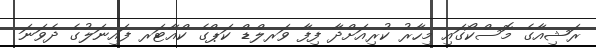
ރަޝިއާގެ މޮސްކޯގައި މިހާރު ކުރިއަށްދާ ފިފާ ވަރލްޑް ކަޕްގެ ކްއާޓަރ ފައިނަލުގެ ދެވަނަ